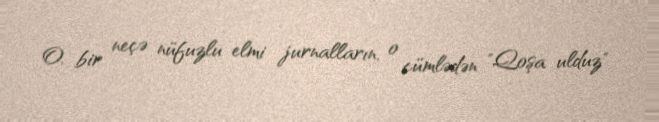
O, bir neçə nüfuzlu elmi jurnalların, o cümlədən "Qoşa ulduz"